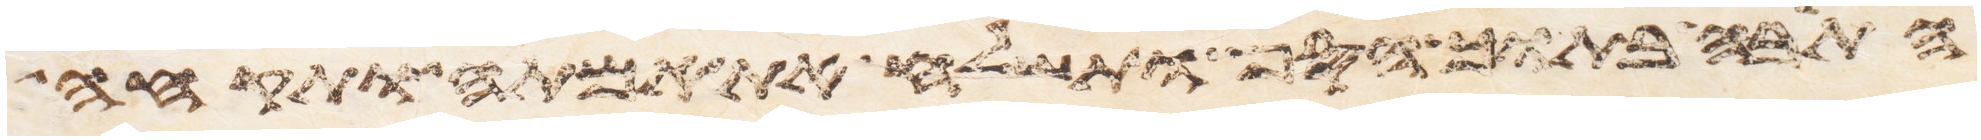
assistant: התבה בתוך הסף ותשלח את אמתה ותקחה